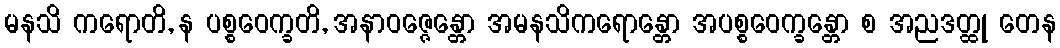
မနသိ ကရောတိ, န ပစ္စဝေက္ခတိ, အနာဝဇ္ဇေန္တော အမနသိကရောန္တော အပစ္စဝေက္ခန္တော စ အညဒတ္ထု တေန